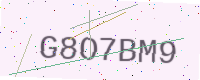
Text: G8O7BM9